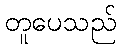
တူပေသည်